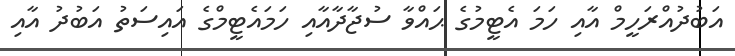
އަބުދުއްރަހީމް އާއި ހަމަ އެޓީމުގެ ޙައްވާ ސުޖާދާއާއި ހަމައެޓީމްގެ އައިސަތު އަބުދު އާއި